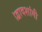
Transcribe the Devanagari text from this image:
।द्वादशांगी